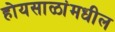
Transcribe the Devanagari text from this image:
होयसाळांमधील